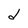
Character: d